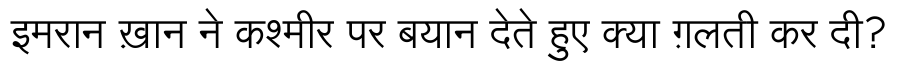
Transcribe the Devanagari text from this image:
इमरान ख़ान ने कश्मीर पर बयान देते हुए क्या ग़लती कर दी?